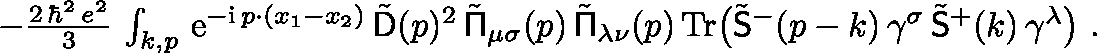
\begin{array} { r } { - \frac { 2 \, \hbar ^ { 2 } \, e ^ { 2 } } 3 \, \int _ { k , p } \, { \mathrm { e } } ^ { - { \mathrm { i } } \, p \cdot ( x _ { 1 } - x _ { 2 } ) } \, \tilde { \mathsf { D } } ( p ) ^ { 2 } \, \tilde { \mathsf { \Pi } } _ { \mu \sigma } ( p ) \, \tilde { \mathsf { \Pi } } _ { \lambda \nu } ( p ) \, \mathrm { T r } \big ( \tilde { \mathsf { S } } ^ { - } ( p - k ) \, \gamma ^ { \sigma } \, \tilde { \mathsf { S } } ^ { + } ( k ) \, \gamma ^ { \lambda } \big ) \ . } \end{array}